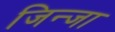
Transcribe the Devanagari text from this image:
जिन्जा